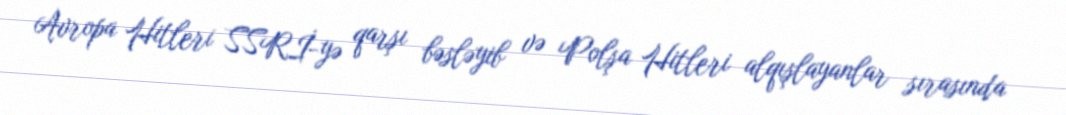
Avropa Hitleri SSRİ-yə qarşı bəsləyib və Polşa Hitleri alqışlayanlar sırasında